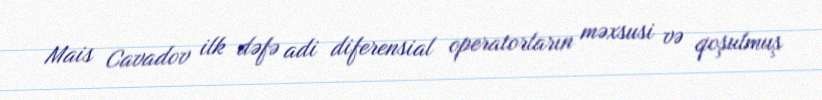
Mais Cavadov ilk dəfə adi diferensial operatorların məxsusi və qoşulmuş